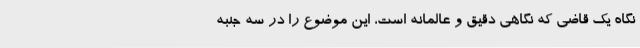
نگاه یک قاضی که نگاهی دقیق و عالمانه است، این موضوع را در سه جنبه